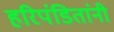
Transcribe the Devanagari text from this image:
हरिपंडितांनी